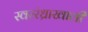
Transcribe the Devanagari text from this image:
स्वररंध्राखाली